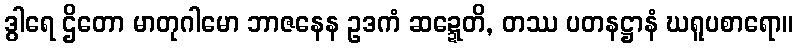
ဒွါရေ ဌိတော မာတုဂါမော ဘာဇနေန ဥဒကံ ဆဍ္ဍေတိ, တဿ ပတနဋ္ဌာနံ ဃရူပစာရော။